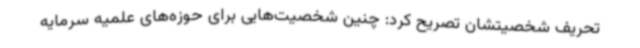
تحریف شخصیتشان تصریح کرد: چنین شخصیت‌هایی برای حوزه‌های علمیه سرمایه